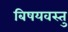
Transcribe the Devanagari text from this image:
बिषयवस्तु